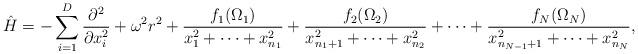
LaTeX: \begin{align*} \hat{H}=-\sum_{i=1}^{D}\frac{\partial^2}{\partial x_i^2}+\omega^2r^2+\frac{f_1(\Omega_1)}{x_1^2+\cdots+x_{n_1}^2}+\frac{f_2(\Omega_2)}{x_{n_1+1}^2+\cdots+x_{n_2}^2}+\cdots+\frac{f_N(\Omega_N)}{x_{n_{N-1}+1}^2+\cdots+x_{n_{N}}^2},\end{align*}